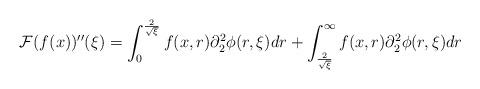
LaTeX: \begin{align*} \mathcal{F}(f(x))''(\xi) = \int_{0}^{\frac{2}{\sqrt{\xi}}}f(x,r) \partial_{2}^{2}\phi(r,\xi) dr + \int_{\frac{2}{\sqrt{\xi}}}^{\infty} f(x,r) \partial_{2}^{2}\phi(r,\xi) dr\end{align*}